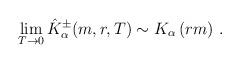
LaTeX: \begin{align*}\lim_{T\rightarrow 0}\hat{K}_{\alpha }^{\pm }(m,r,T)\sim K_{\alpha }\left(rm\right) \,. \end{align*}